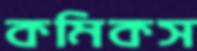
কমিকস